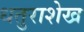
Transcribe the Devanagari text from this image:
धतुराशेख